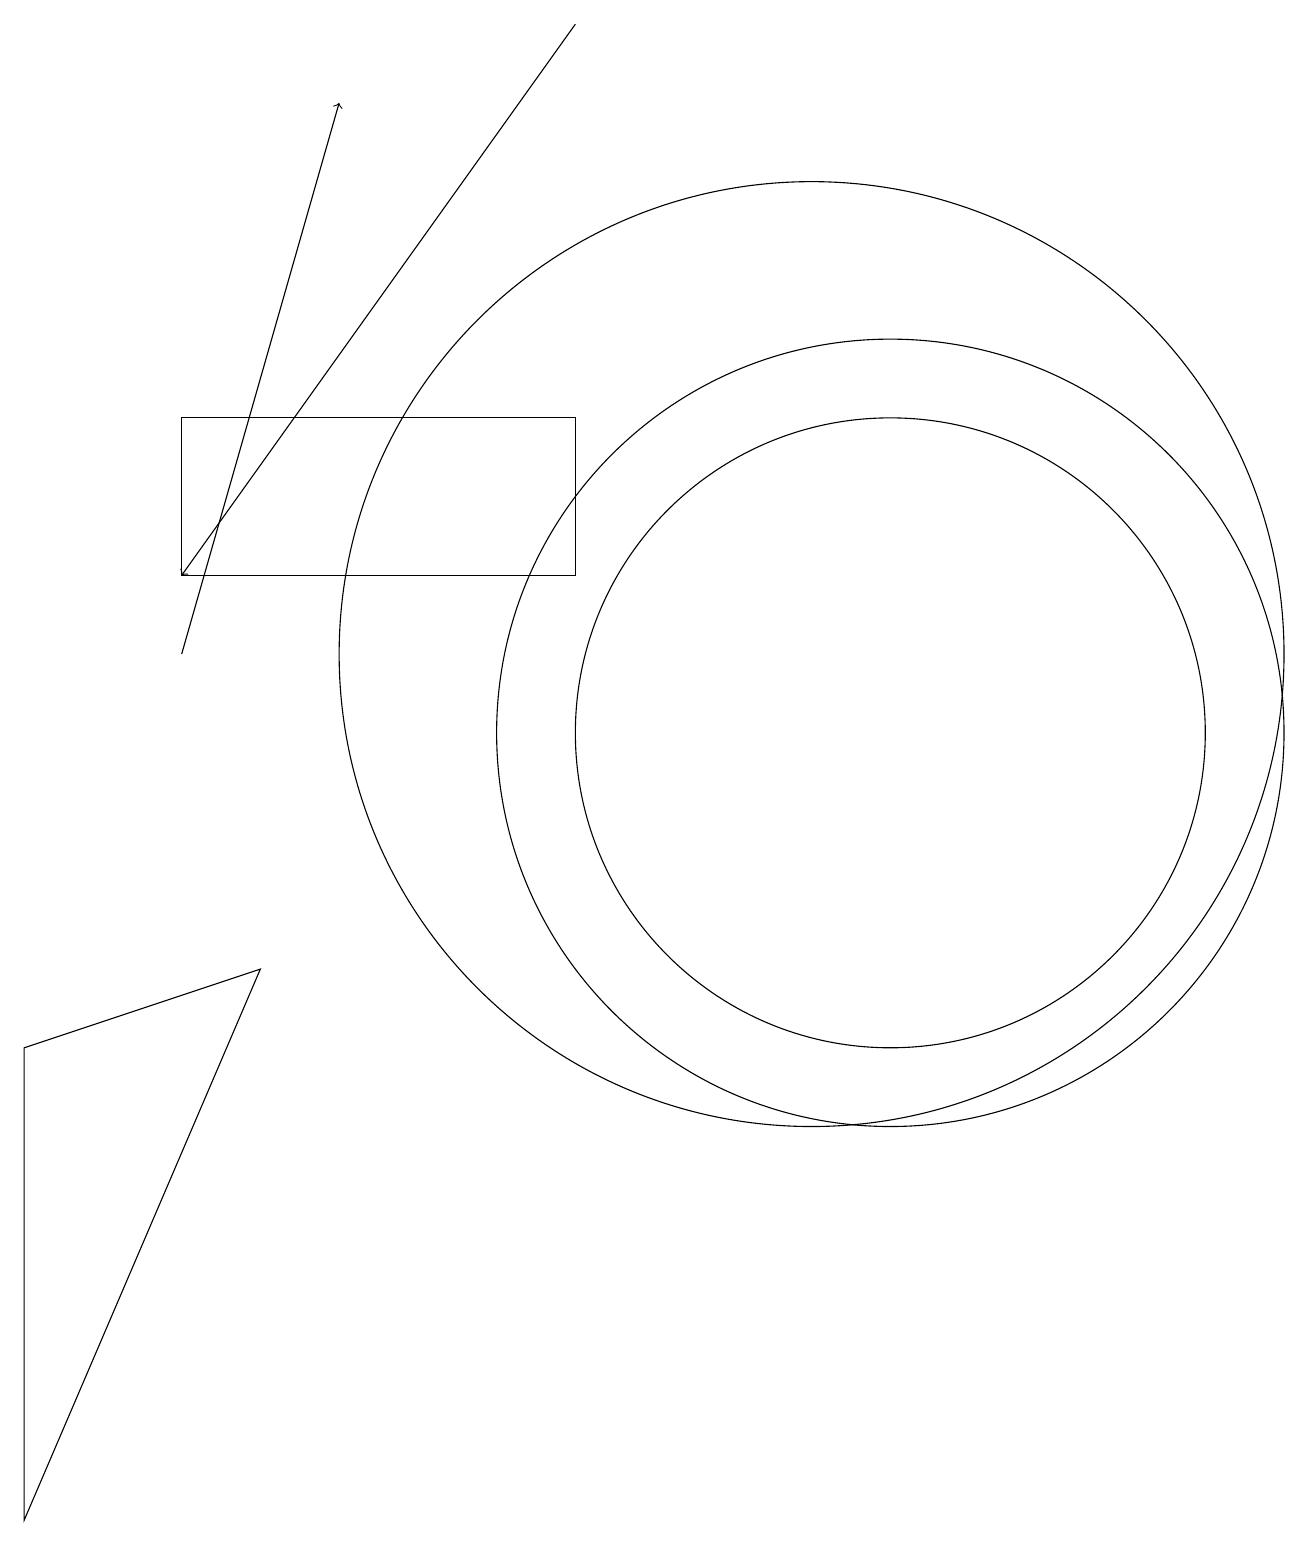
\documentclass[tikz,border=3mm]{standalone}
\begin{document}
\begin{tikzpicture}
\draw (11,10) circle (5);
\draw (0,0) -- (0,6) -- (3,7) -- cycle;
\draw (10,11) circle (6);
\draw[->] (7,19) -- (2,12);
\draw[->] (2,11) -- (4,18);
\draw (10,11) circle (0);
\draw (11,10) circle (4);
\draw (7,12) rectangle (2,14);
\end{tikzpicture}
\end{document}